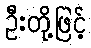
ဦးတို့ဖြင့်